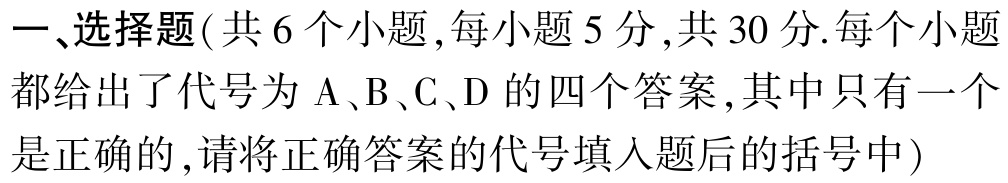
一、选择题(共 6 个小题,每小题 5 分,共 30 分.每个小题都给出了代号为 A、B、C、D 的四个答案,其中只有一个是正确的,请将正确答案的代号填入题后的括号中)